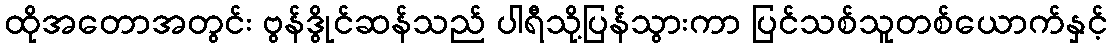
ထိုအတောအတွင်း ဗွန်ဒွိုင်ဆန်သည် ပါရီသို့ပြန်သွားကာ ပြင်သစ်သူတစ်ယောက်နှင့်